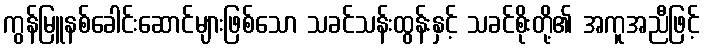
ကွန်မြူနစ်ခေါင်းဆောင်များဖြစ်သော သခင်သန်းထွန်းနှင့် သခင်စိုးတို့၏ အကူအညီဖြင့်